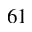
^ Ḋ 6 1 Ḍ